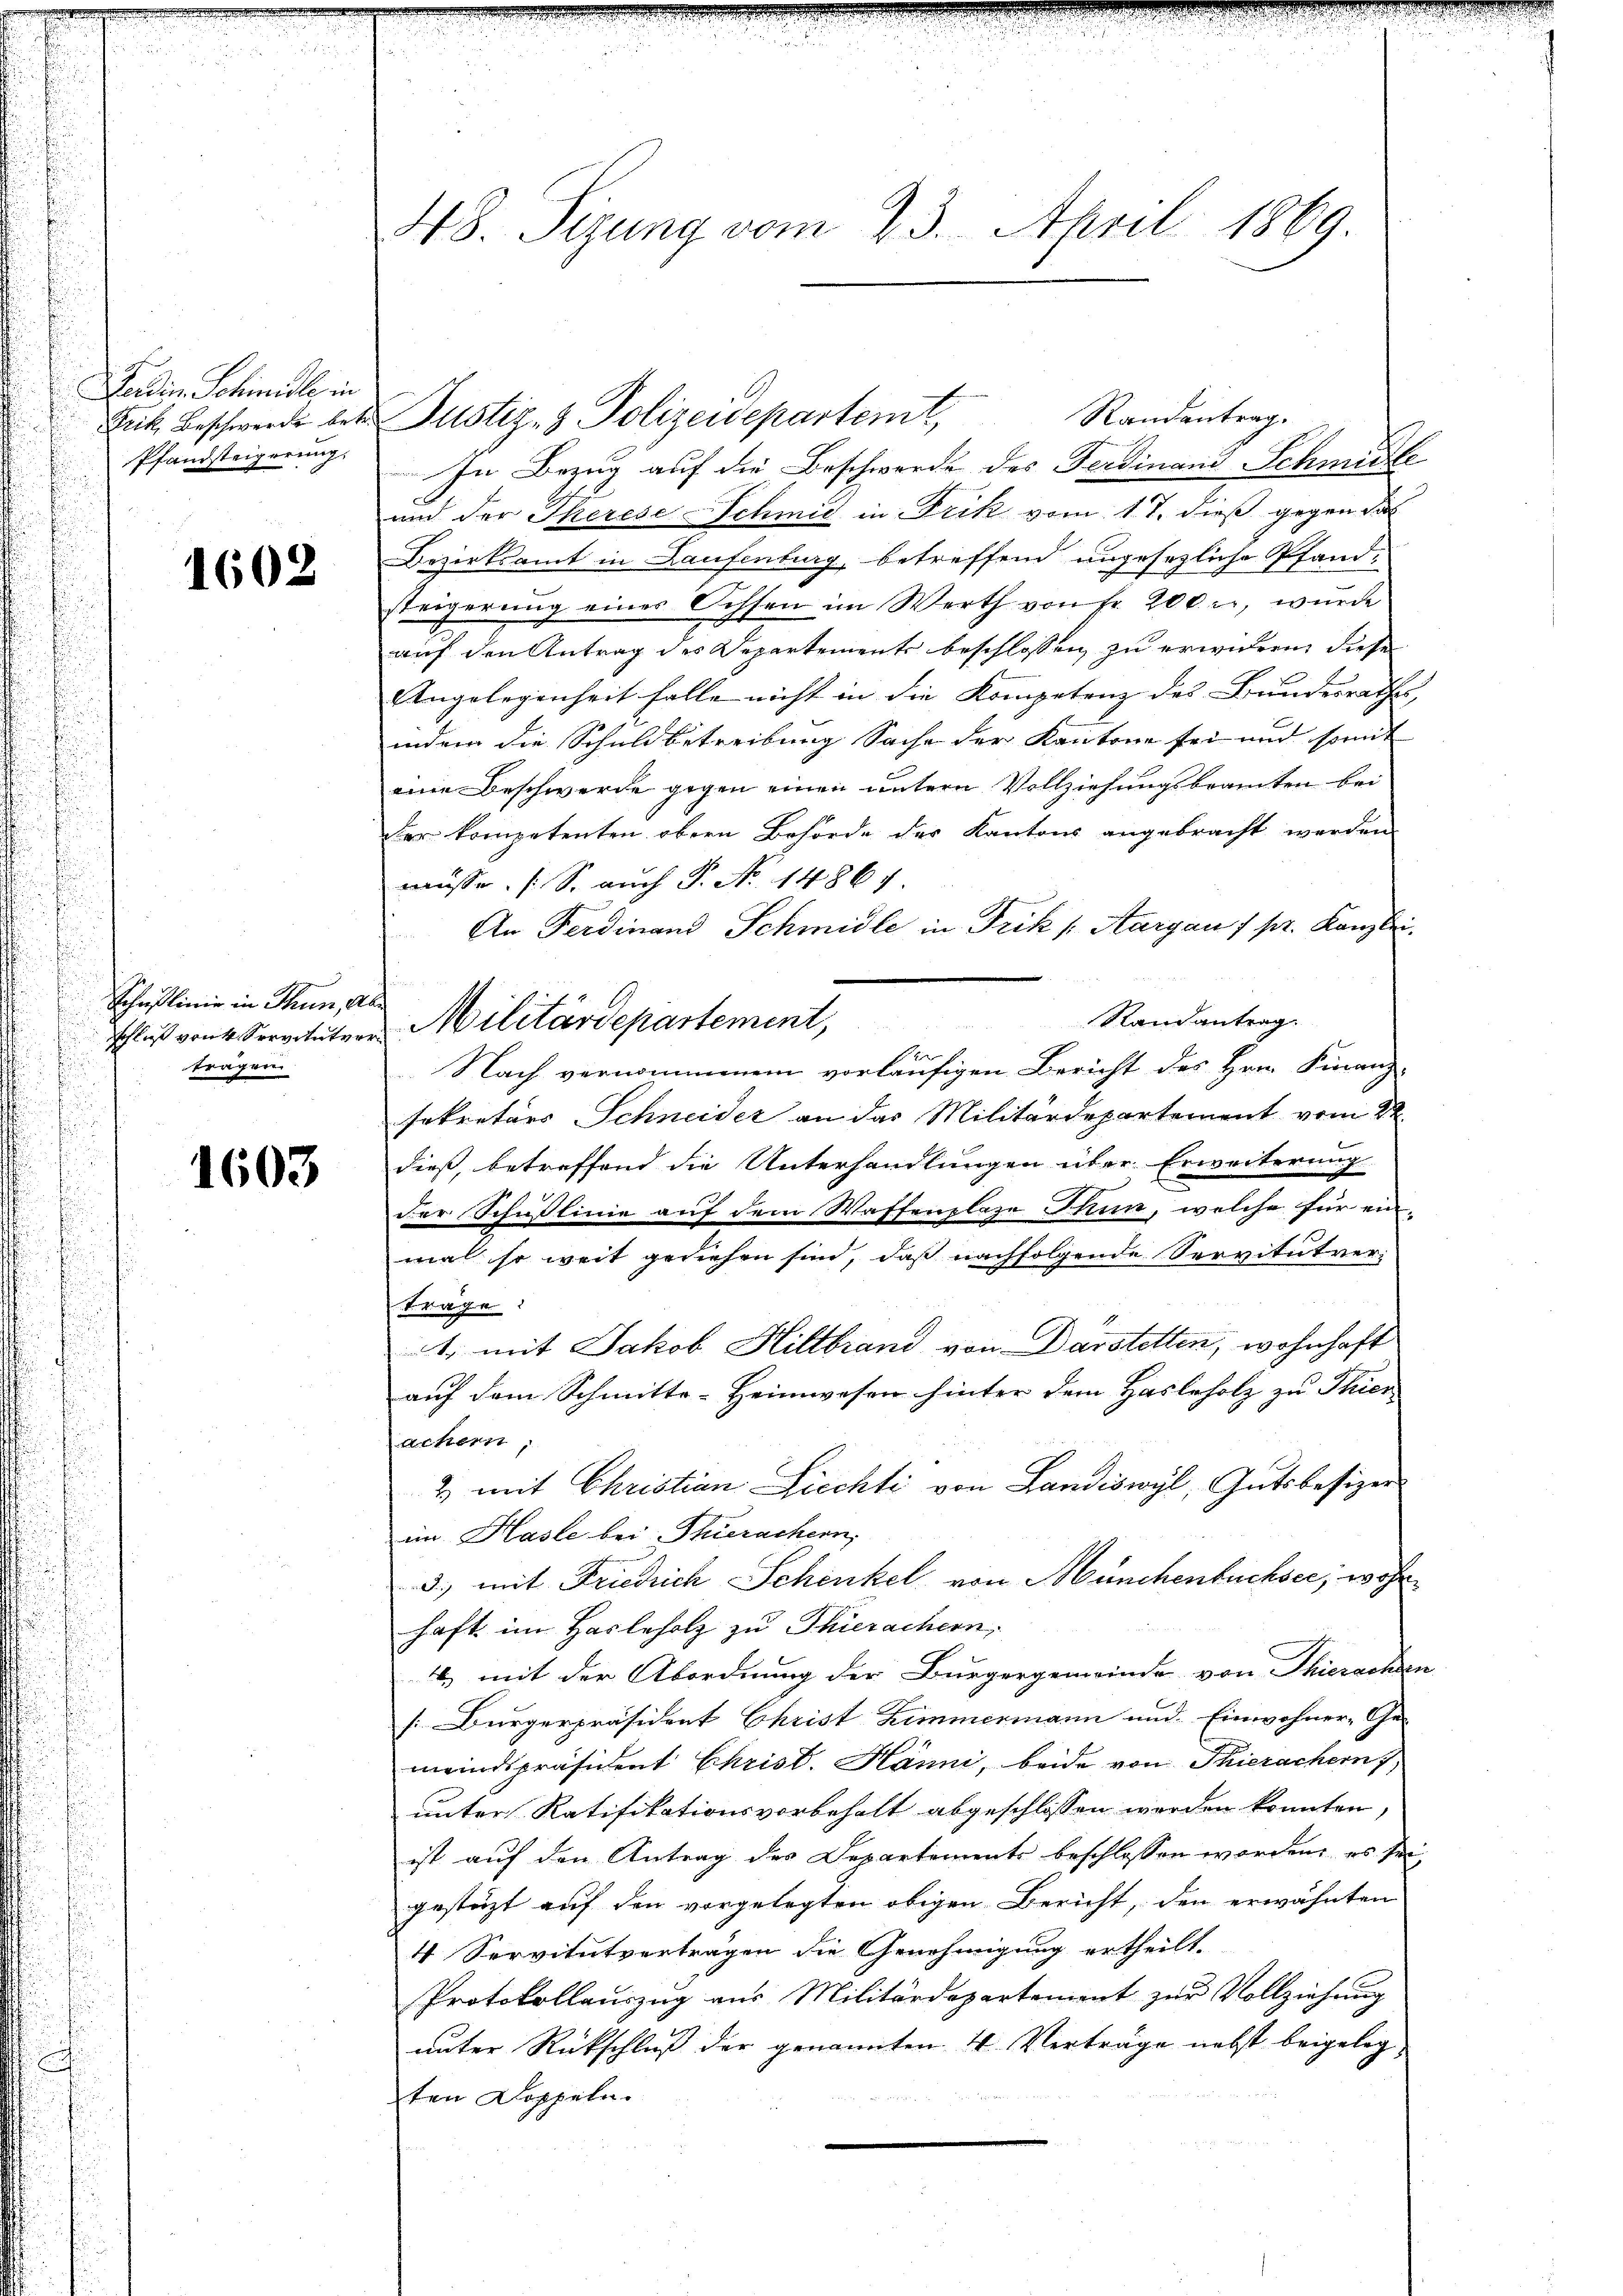
Ferdin Schiniste in
Frik, Beschwerde betr.
Pfandsteigerung.

1602

¬

Schaftlinie in Thun, Ab
Schluß von 4 Servitutver
tragen

1603

48. Sizung vom 23. April 1869.

In Bezug auf die Beschwerde des Ferdinand Schmitte
und der Therese Schmid in Frik vom 17. dieß gegen das
Bezirksamt in Laufenburg, betreffend angesezliche Pfand-
steigerung einer Oeffen im Werth von fr. 200 r., wurde
auf den Antrag des Departement beschlossen zu erwideren, diese
Angelegenheit falle nicht in die Kompetenz des Bundesrathes, |
indem die Schuldbetreibung Sache der Kantone sei und somit
eine Beschwerde gegen einen untern Vollziehungsbeamten bei
Der kompetenten obern Behörde des Kantons angebracht werden
müsse. (S. auch P. Nr. 14867
An Ferdinand Schmidle in Frik (Aargau f pr. Kanzlei.
Randantrag.
Militärdepartement,
Der
Nach vernommenem vorläufigen Bericht des Hrn. Finanz-
sekretärs Schneider an das Militärdepartement vom 22.
dieß, betreffend die Unterhandlungen über Erweiterung
der Schulinie auf dem Waffenplaze Thun, welche für ein-
mal so weit gesiehen sind, daß nachfolgende Servitutvertrage:
. mit Jakob Hiltbrand von Darstetten, wohnhaft
auf dem Schmitte-Heimwesen hinter dem Hasleholz zu Thier
achern,
2) mit Christian Liechti von Landiswyl, Gutsbesizer
im Hasle bei Thierachern,
3.) mit Friedrich Schenkel von Münchenbuchsee, wohn
haft im Harleholz zu Thierachern,
4) mit der Abordnung der Bürgergemeinde von Thierachen
[: Bürgerpräsident Christ Zimmermann und Einwohner-Ge-
meindspräsident Christ. Hänni, beide von Thierachern
unter Ratifikationsvorbehalt abgeschlossen werden konnten
ist auf den Antrag des Departements beschlossen worden, es sei,
gestüzt auf den vorgelegten obigen Bericht, den erwähnten
4 Servitutvertragen die Genehmigung ertheilt.
Protokollauszug aus Militärdepartement zur Vollziehung
ŭnter Rückschlŭβ der genannten 4 Verträge nebst beigelegten Doppeln.

Justiz- & Polizeidepartemt,

Randantrag.